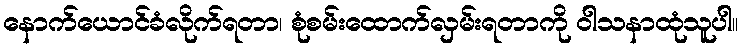
နောက်ယောင်ခံလိုက်ရတာ၊ စုံစမ်းထောက်လှမ်းရတာကို ဝါသနာထုံသူပါ။